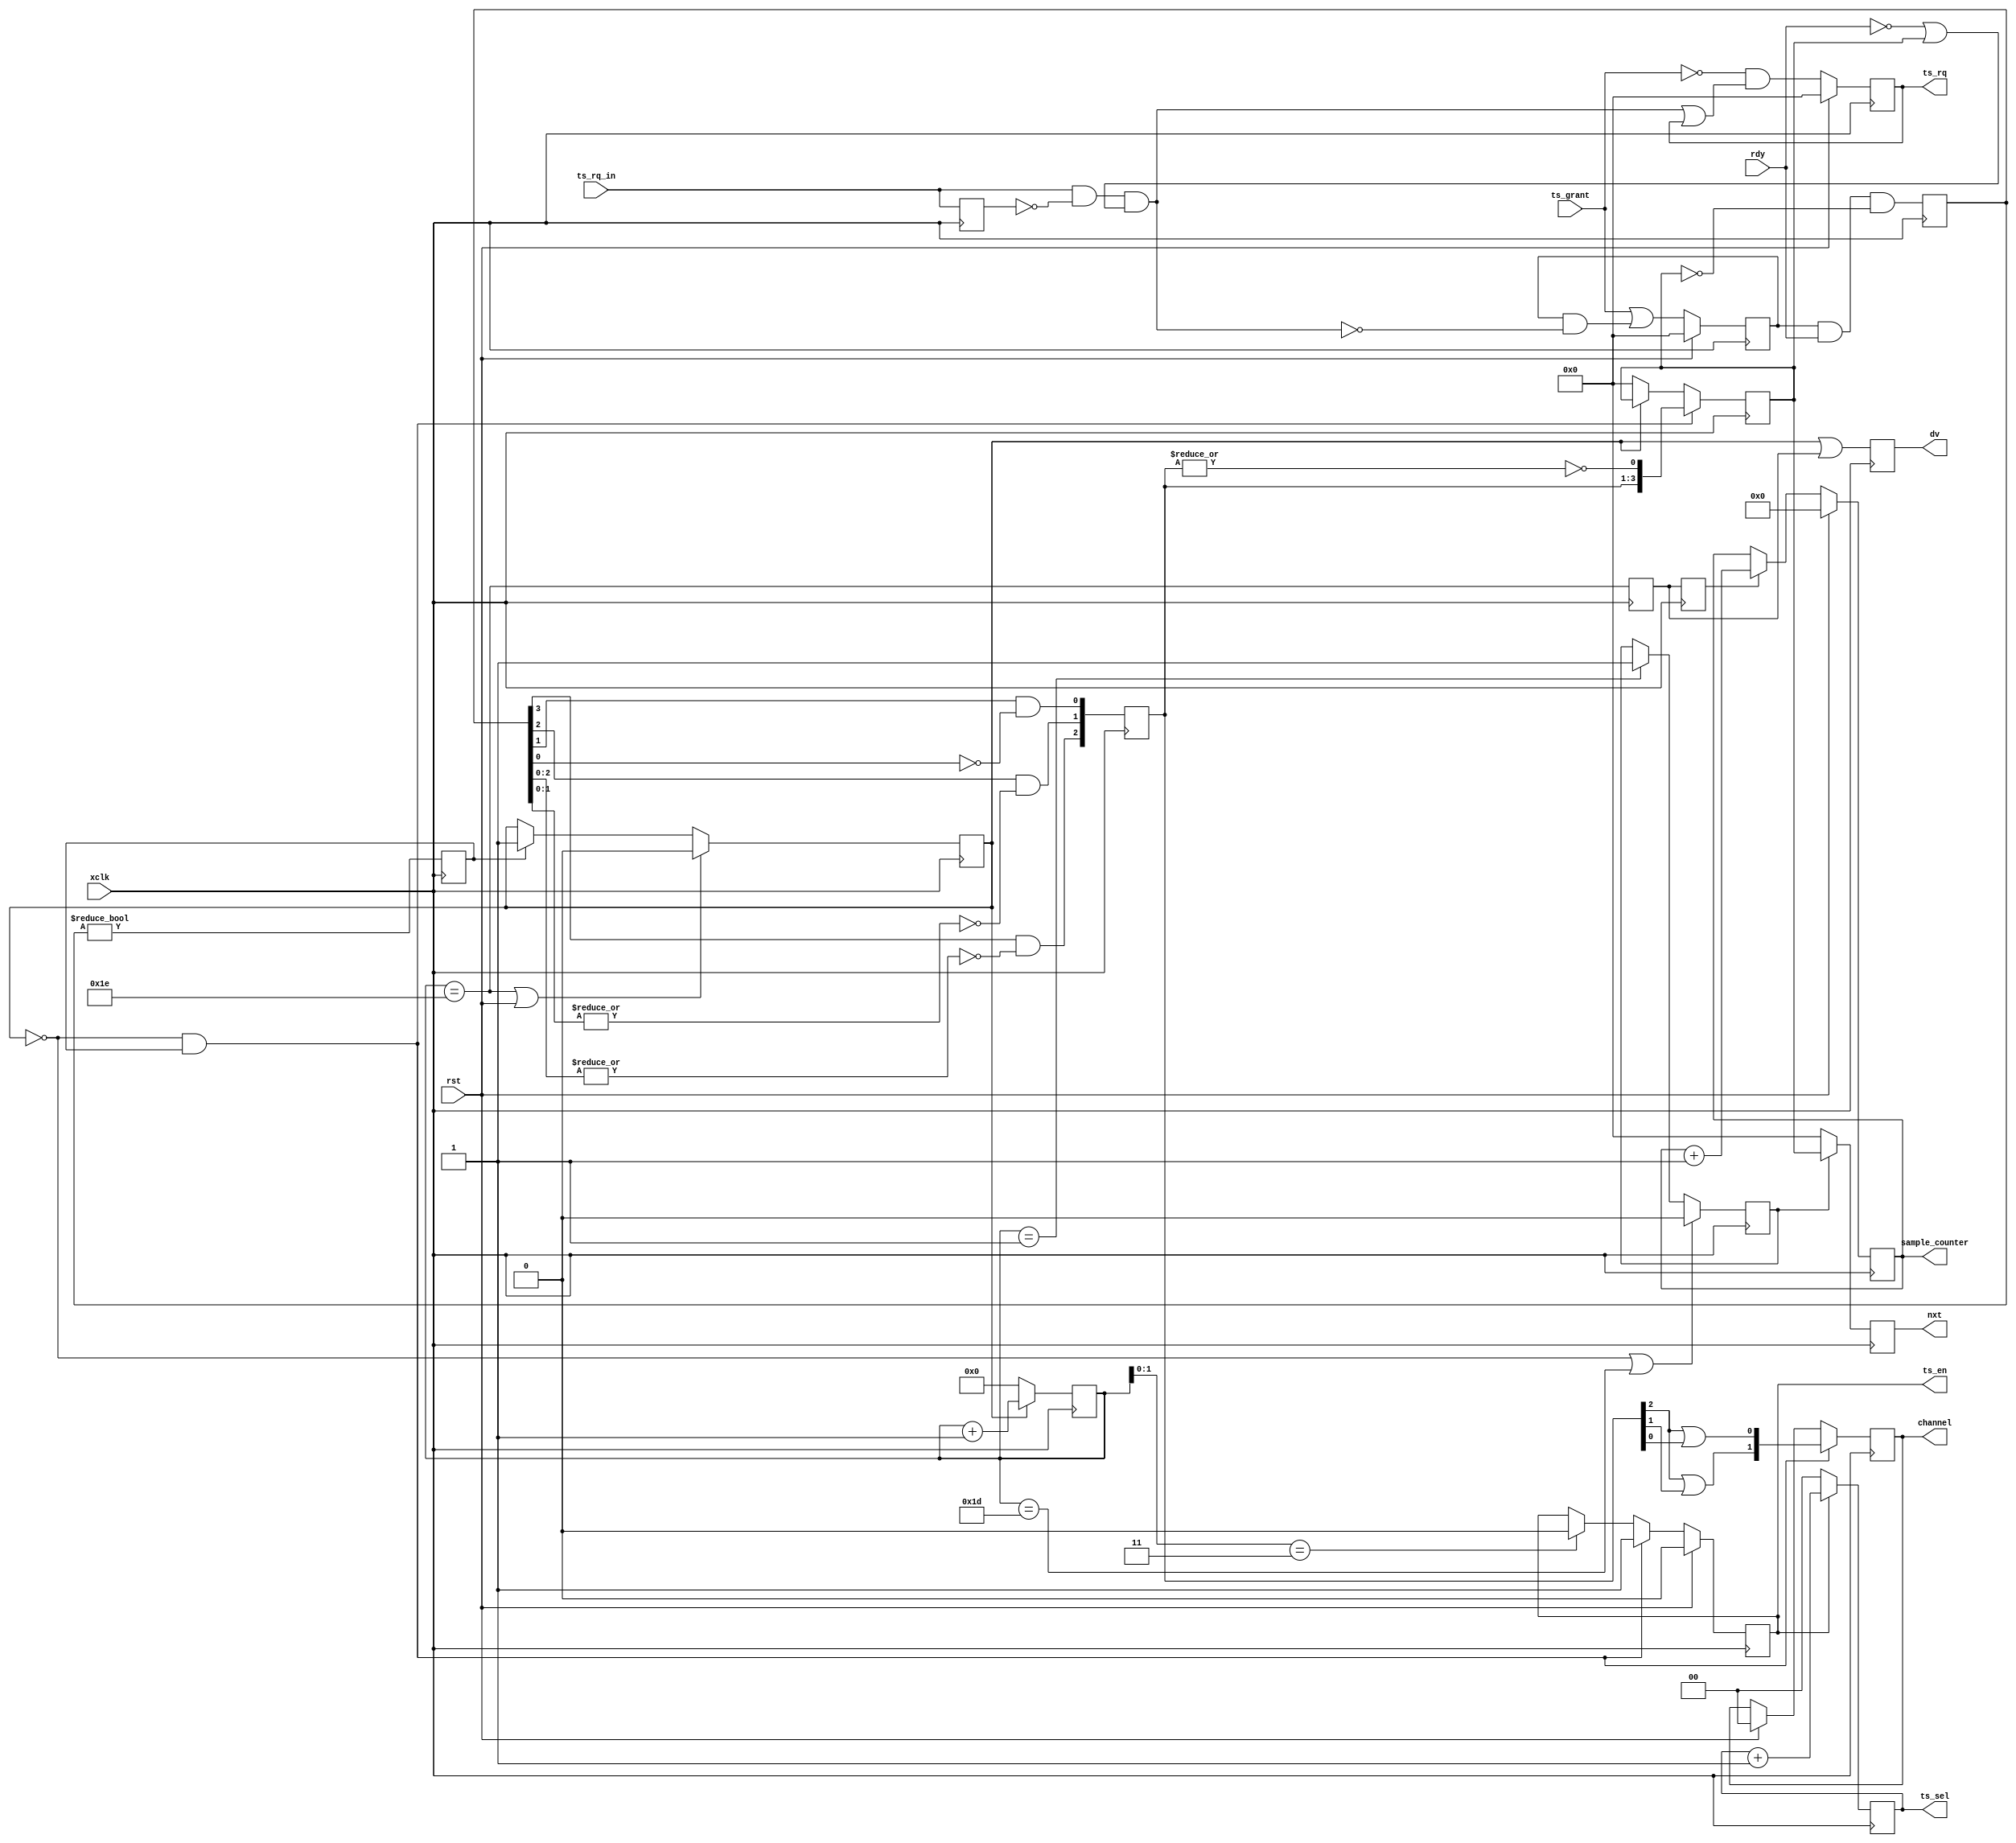
/*!
 * <b>Module:</b>logger_arbiter393
 * @file logger_arbiter393.v
 * @date 2015-07-06  
 * @author Andrey Filippov     
 *
 * @brief arbiter for the event_logger
 *
 * @copyright Copyright (c) 2015 Elphel, Inc.
 *
 * <b>License:</b>
 *
 * logger_arbiter393.v is free software; you can redistribute it and/or modify
 * it under the terms of the GNU General Public License as published by
 * the Free Software Foundation, either version 3 of the License, or
 * (at your option) any later version.
 *
 *  logger_arbiter393.v is distributed in the hope that it will be useful,
 * but WITHOUT ANY WARRANTY; without even the implied warranty of
 * MERCHANTABILITY or FITNESS FOR A PARTICULAR PURPOSE.  See the
 * GNU General Public License for more details.
 *
 * You should have received a copy of the GNU General Public License
 * along with this program.  If not, see <http://www.gnu.org/licenses/> .
 *
 * Additional permission under GNU GPL version 3 section 7:
 * If you modify this Program, or any covered work, by linking or combining it
 * with independent modules provided by the FPGA vendor only (this permission
 * does not extend to any 3-rd party modules, "soft cores" or macros) under
 * different license terms solely for the purpose of generating binary "bitstream"
 * files and/or simulating the code, the copyright holders of this Program give
 * you the right to distribute the covered work without those independent modules
 * as long as the source code for them is available from the FPGA vendor free of
 * charge, and there is no dependence on any encrypted modules for simulating of
 * the combined code. This permission applies to you if the distributed code
 * contains all the components and scripts required to completely simulate it
 * with at least one of the Free Software programs.
 */
`timescale 1ns/1ps

module  logger_arbiter393(
    input                         xclk,         // half frequency (80 MHz nominal)
    input                         rst,          // module reset (sync)
    input                   [3:0] ts_rq_in,     // in requests for timestamp (single-cycle - just leading edge )
    output                  [3:0] ts_rq,        // out request for timestamp, to timestmp module
    input                   [3:0] ts_grant,     // granted ts requests from timestamping module
    input                   [3:0] rdy,          // channels ready (leading edge - became ready, trailing - no more data, use zero)
    output reg              [3:0] nxt,          // pulses to modules to output next word
    output                  [1:0] channel,      // decoded channel number (2 bits)
    output                  [1:0] ts_sel,       // select timestamp word to be output (0..3)
    output                        ts_en,        // 1 - use timestamp, 0 - channel data (or 16'h0 if !ready)
    output reg                    dv,           // output data valid (from registered mux - 2 stage - first selects data and ready, second ts/data/zero)
    output                 [23:0] sample_counter);// number of 64-byte samples logged
/*
  input         xclk;  // half frequency (80 MHz nominal)
  input         rst;   // reset module
  input  [ 3:0] ts_rq_in; // in requests for timestamp (sinlgle-cycle)
  output [ 3:0] ts_rq;        // out request for timestamp, to timestmp module
  input  [ 3:0] ts_grant;     // granted ts requests from timestamping module
  input  [ 3:0] rdy;          // channels ready (leading edge - became ready, trailing - no more data, use zero)
  output [ 3:0] nxt;          // pulses to modules to output next word
  output [ 1:0] channel;      // decoded channel number (2 bits)
  output [ 1:0] ts_sel;       // select timestamp word to be output (0..3)
  output        ts_en;        // 1 - use timestamp, 0 - channel data (or 16'h0 if !ready)
  output        dv;           // output data valid (from registered mux - 2 stage - first selects data and ready, second ts/data/zero)
  output [23:0] sample_counter;// number of 64-byte samples logged
*/
    reg     [3:0] ts_rq_in_d;
    reg     [3:0] ts_rq_r;
    reg     [3:0] ts_valid;
//  reg     [3:0] ts_rq_reset;
    reg     [3:0] channels_ready;// channels granted and ready
    reg     [3:1] chn1hot;       // channels 1-hot - granted and ready, priority applied
    reg           rq_not_zero;   // at least one channel is ready for processing (same time as chn1hot[3:0])
    reg     [1:0] channel_r;
//  reg           start; Not used!
    reg           busy;
    wire          wstart;
    reg           ts_en_r;
    reg     [4:0] seq_cntr;
    reg           seq_cntr_last;
    reg     [1:0] ts_sel_r;
//  reg           dv;
    reg           inc_sample_counter;
    reg    [23:0] sample_counter_r;// number of 64-byte samples logged
//  reg    [ 3:0] nxt;
    reg           pre_nxt;
    reg    [ 3:0] chn_servicing; //1-hot channel being service
    wire    [3:0] wts_rq;
    
    assign wstart =         !busy && rq_not_zero;
    assign wts_rq[3:0] =    ts_rq_in[3:0] & ~ts_rq_in_d[3:0] & (~rdy[3:0] | chn_servicing[3:0]);
    assign sample_counter = sample_counter_r;
    assign ts_rq =          ts_rq_r;
    assign channel =        channel_r;
    assign ts_en =          ts_en_r;
    assign ts_sel =         ts_sel_r;
    
    always @ (posedge xclk) begin
        ts_rq_in_d[3:0] <= ts_rq_in[3:0];
        if (rst)    channel_r[1:0] <= 0;
        if (wstart) channel_r[1:0] <= {chn1hot[3] | chn1hot[2],chn1hot[3] | chn1hot[1]};
        
        if     (wstart) chn_servicing[3:0]  <= {chn1hot[3:1], ~|chn1hot[3:1]};
        else if (!busy) chn_servicing[3:0]  <= 4'h0;
    
    
        if (rst) ts_rq_r[3:0] <= 4'h0;
        else     ts_rq_r[3:0] <= ~ts_grant & ( wts_rq[3:0] | ts_rq_r[3:0]);
    
        if (rst) ts_valid[3:0] <= 4'h0;
        else     ts_valid[3:0] <= (ts_grant[3:0] | (ts_valid & ~wts_rq[3:0]));
    
        channels_ready[3:0] <= ts_valid[3:0] & rdy[3:0] & ~chn_servicing[3:0]; // ready should go down during servicing
    
        rq_not_zero <= channels_ready[3:0] != 4'h0;
    
        chn1hot[3:1] <= {channels_ready[3] & ~|channels_ready[2:0],
                         channels_ready[2] & ~|channels_ready[1:0],
                         channels_ready[1] &  ~channels_ready[0]};
    
    //    start <= wstart; Not used !
    
        if  ((seq_cntr[4:0]=='h1e) || rst) busy <= 1'b0;
        else if (rq_not_zero)              busy <= 1'b1;
    
        if (!busy) seq_cntr[4:0] <= 5'h0;
        else       seq_cntr[4:0] <= seq_cntr[4:0] + 1;
    
        seq_cntr_last <= (seq_cntr[4:0]=='h1e);
    
        if      (rst)                 ts_en_r <=1'b0;
        else if (wstart)              ts_en_r <=1'b1;
        else if (seq_cntr[1:0]==2'h3) ts_en_r <=1'b0;
        
        if (!ts_en_r) ts_sel_r[1:0] <= 2'h0;
        else        ts_sel_r[1:0] <=  ts_sel_r[1:0] + 1;
    
        if (!busy || (seq_cntr[4:0]=='h1d)) pre_nxt <= 1'b0;
        else if (seq_cntr[4:0]=='h01)       pre_nxt <= 1'b1;
        
        nxt [3:0]  <= pre_nxt? chn_servicing[3:0]:4'h0;
        
        dv <= busy || seq_cntr_last;
    
        inc_sample_counter <= seq_cntr_last;
    
        if (rst)                     sample_counter_r[23:0] <= 24'h0;
        else if (inc_sample_counter) sample_counter_r[23:0] <= sample_counter_r[23:0] +1;
    end
endmodule